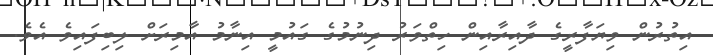
އިތުރުން ވިޔަފާރީގެ ދާއިރާއިން ހިތްވަރު ދިނުމުގެ ގައުމީ އިނާމު އާމިރަށް ލިބިފައިވެ އެވެ.